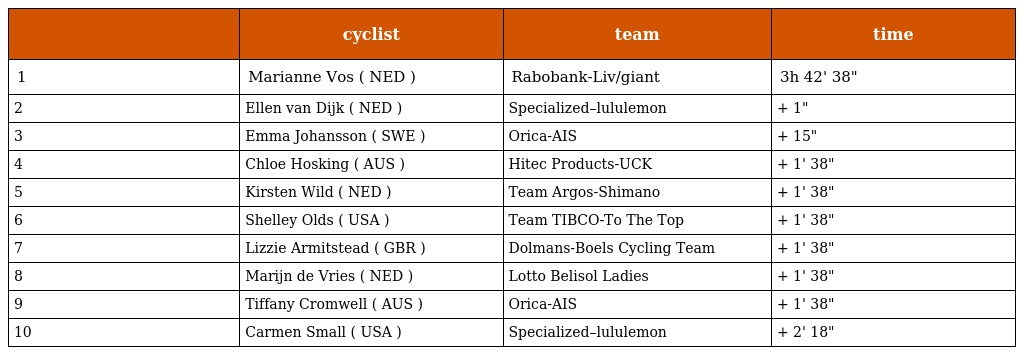
|  | cyclist | team | time |
 | --- | --- | --- | --- |
 | 1 | Marianne Vos ( NED ) | Rabobank-Liv/giant | 3h 42' 38" |
 | 2 | Ellen van Dijk ( NED ) | Specialized–lululemon | + 1" |
 | 3 | Emma Johansson ( SWE ) | Orica-AIS | + 15" |
 | 4 | Chloe Hosking ( AUS ) | Hitec Products-UCK | + 1' 38" |
 | 5 | Kirsten Wild ( NED ) | Team Argos-Shimano | + 1' 38" |
 | 6 | Shelley Olds ( USA ) | Team TIBCO-To The Top | + 1' 38" |
 | 7 | Lizzie Armitstead ( GBR ) | Dolmans-Boels Cycling Team | + 1' 38" |
 | 8 | Marijn de Vries ( NED ) | Lotto Belisol Ladies | + 1' 38" |
 | 9 | Tiffany Cromwell ( AUS ) | Orica-AIS | + 1' 38" |
 | 10 | Carmen Small ( USA ) | Specialized–lululemon | + 2' 18" |